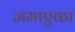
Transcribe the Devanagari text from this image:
जमाएका